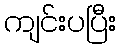
ကျင်းပပြီး